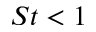
S t < 1